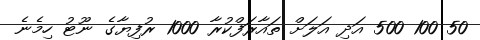
50 100 500 އަދި އަލަށް ތައާރަފްކުރާ 1000 ރުފިޔާގެ ނޫޓު ހިމެނެ